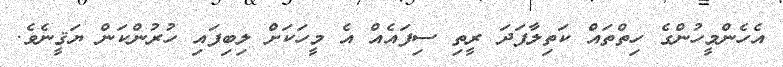
އެހެންމީހުންގެ ހިތްތައް ކަތިލާފަދަ ރީތި ސިފައެއް އެ މީހަކަށް ލިބިފައި ހުރުންކަން ޔަޤީނެވެ.